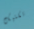
تكتيك